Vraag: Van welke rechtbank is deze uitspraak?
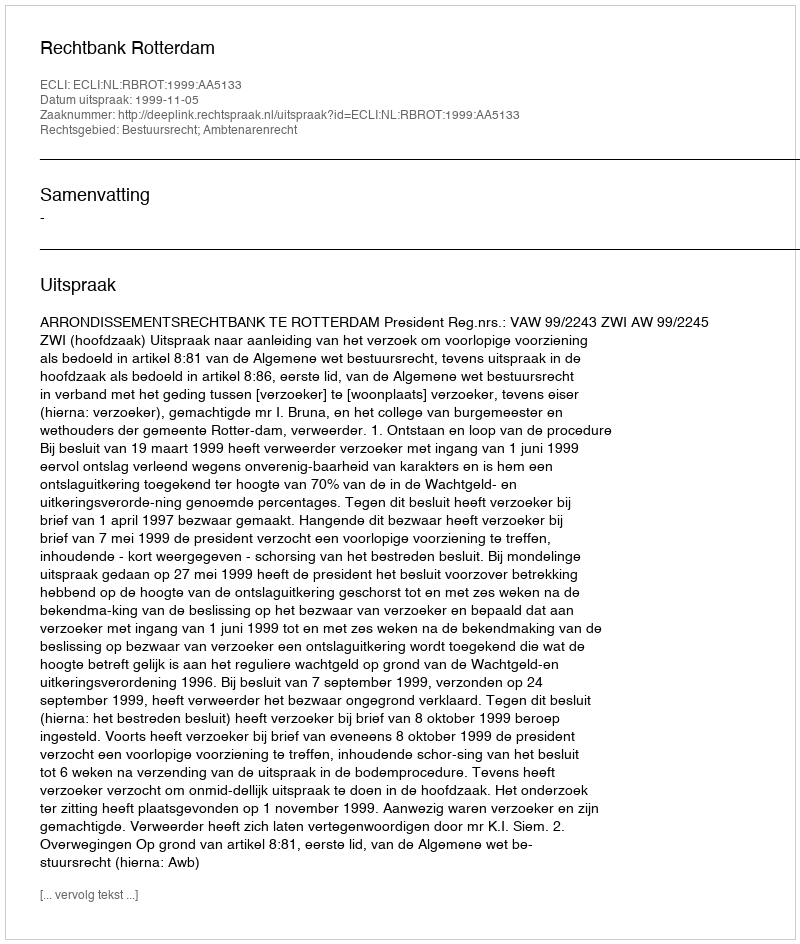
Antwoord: Rechtbank Rotterdam